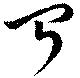
聞